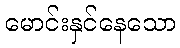
မောင်းနှင်နေသော